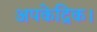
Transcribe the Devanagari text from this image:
अपकेद्रिक।